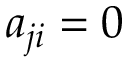
a _ { j i } = 0